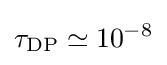
\tau _{\text{DP}}\simeq 10^{-8}